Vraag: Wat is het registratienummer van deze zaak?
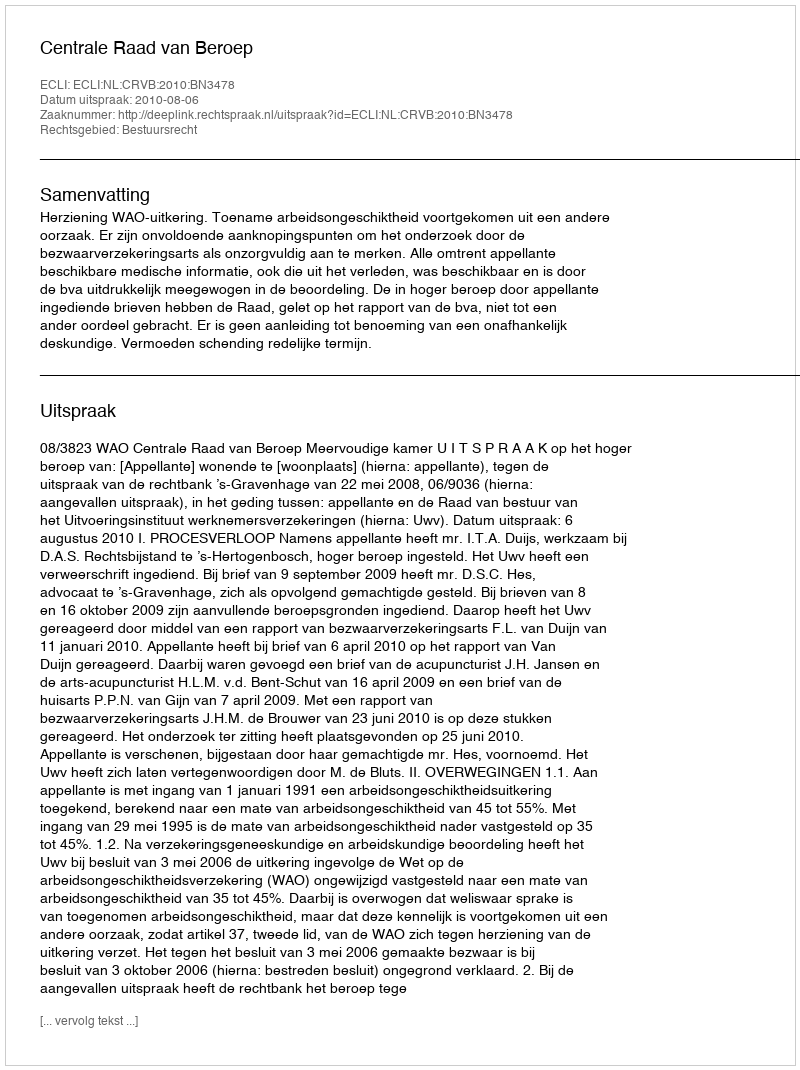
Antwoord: http://deeplink.rechtspraak.nl/uitspraak?id=ECLI:NL:CRVB:2010:BN3478